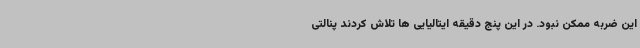
این ضربه ممکن نبود. در این پنج دقیقه ایتالیایی ها تلاش کردند پنالتی